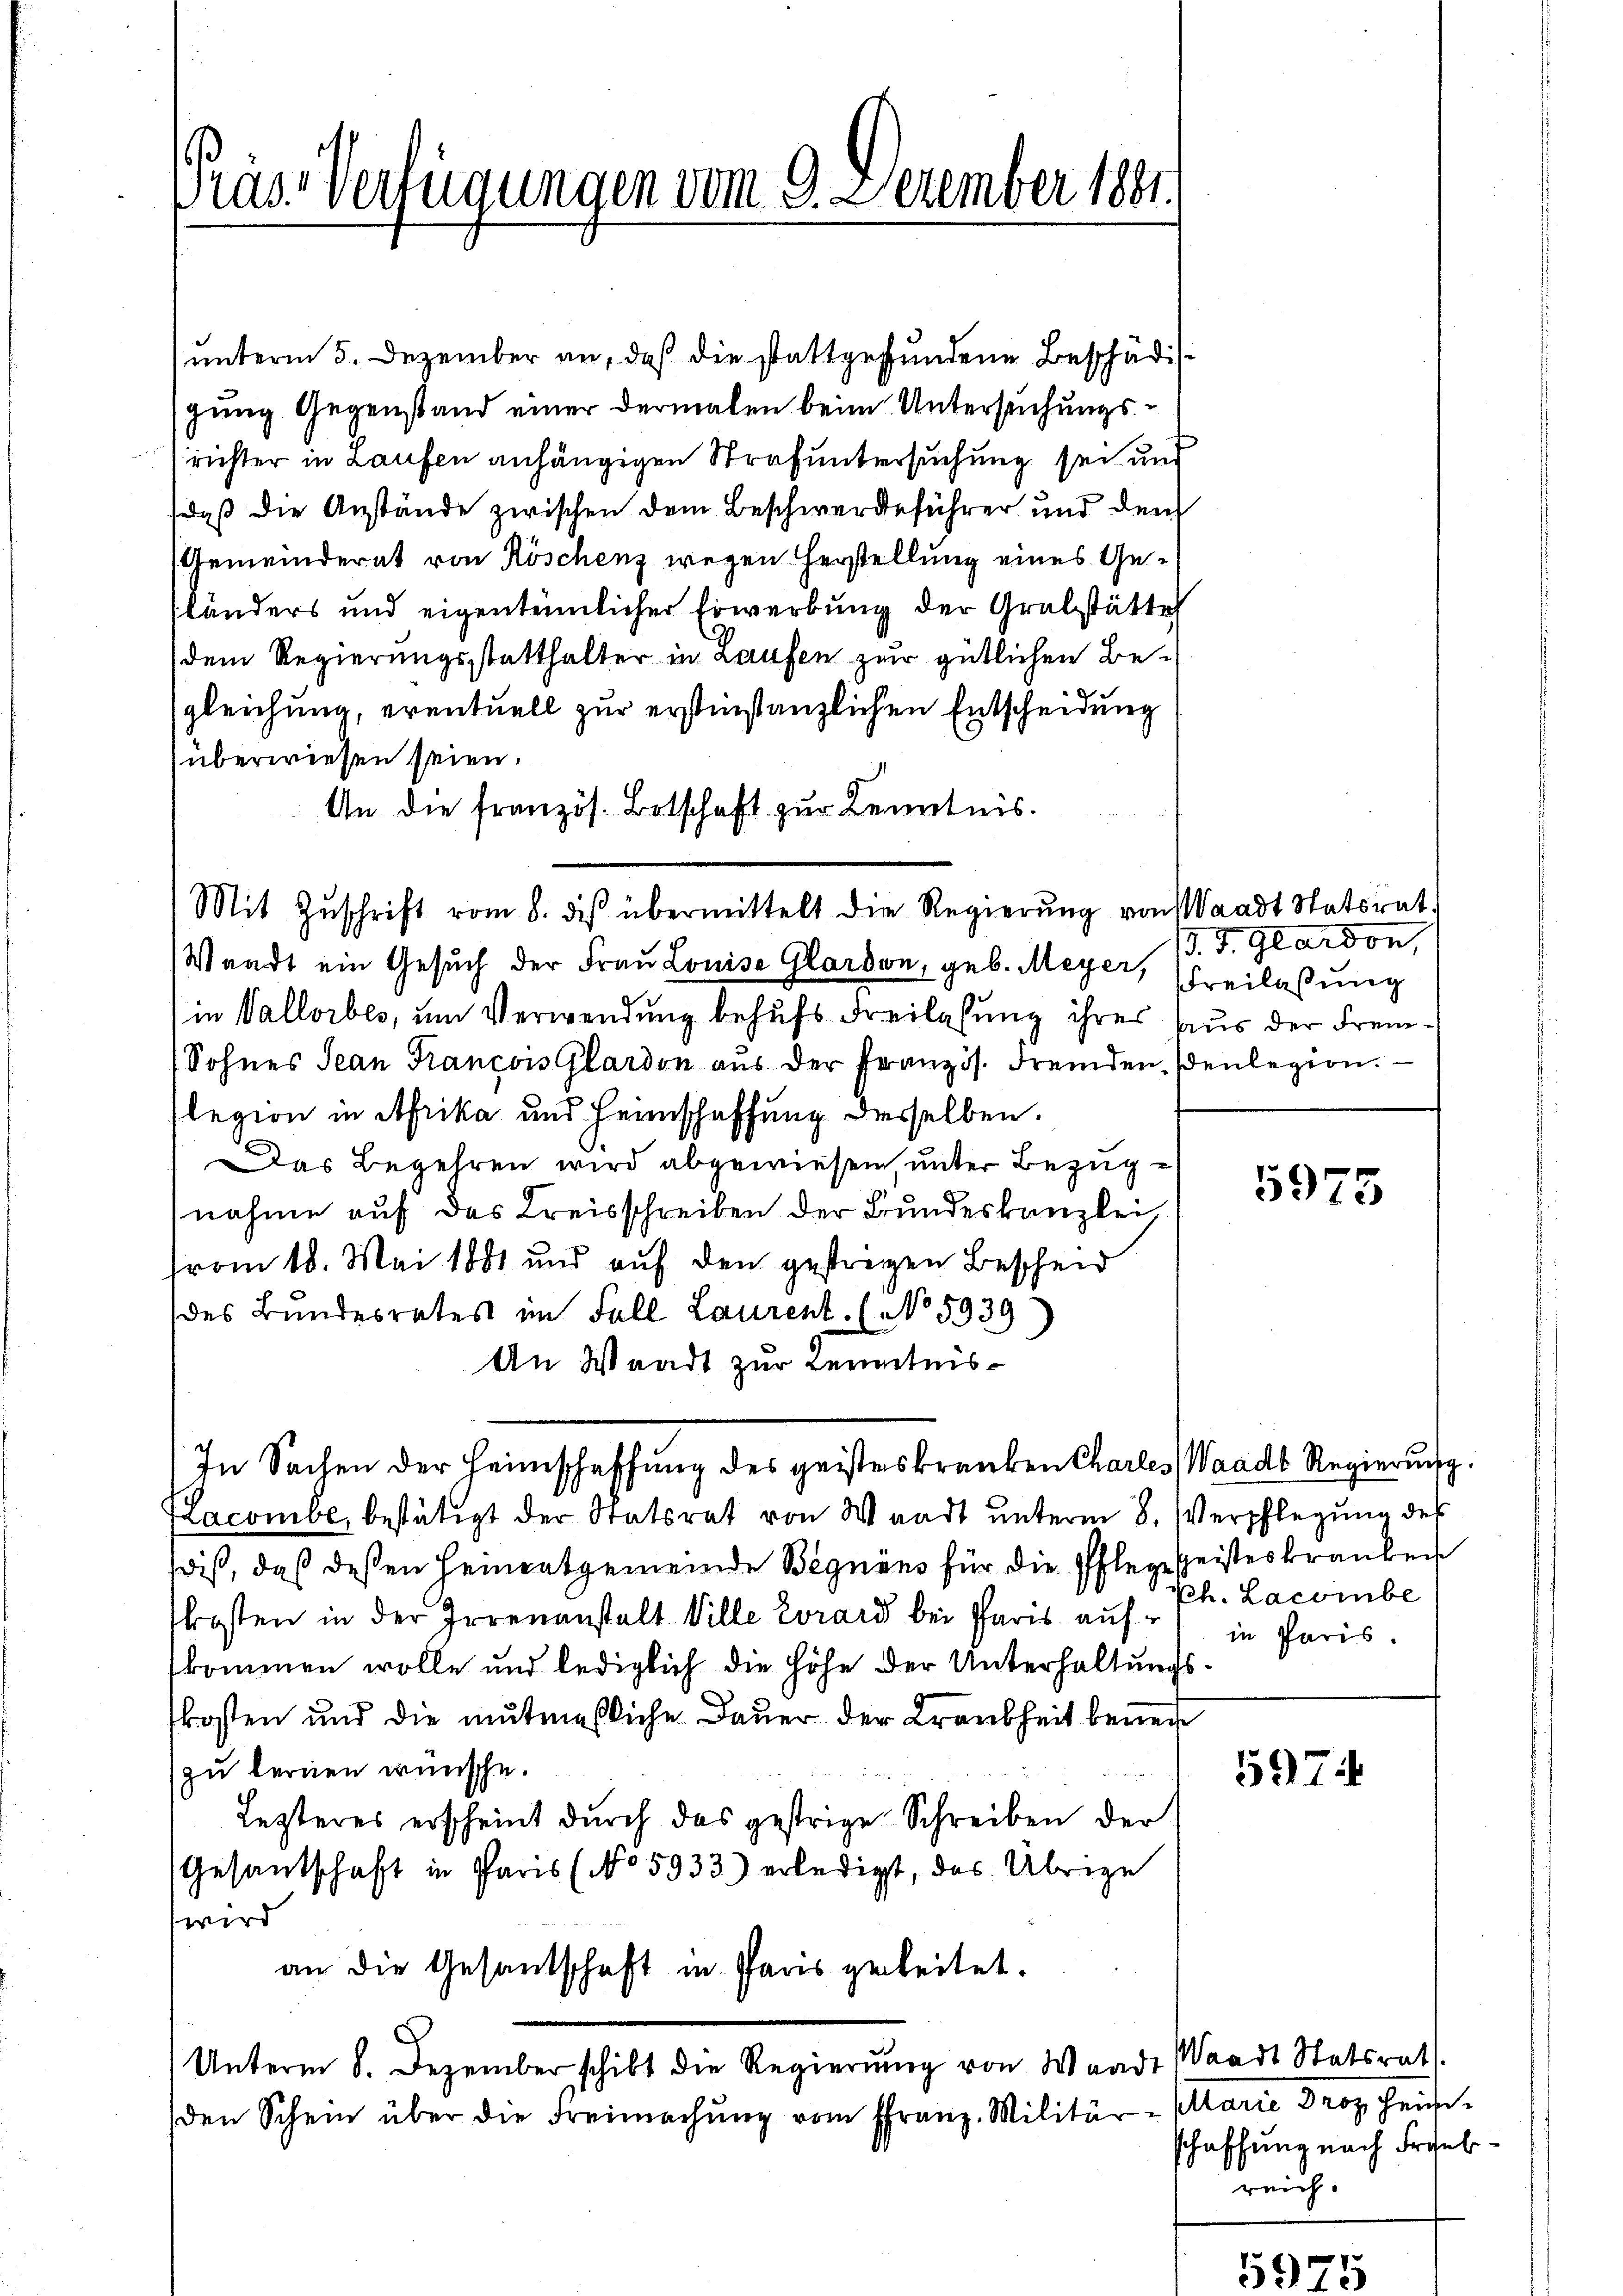
äs-Verfügungen vom 9. Dezember 1881.

(unterm 5. Dezember an, daß die stattgefundene Beschädigung Gegenstand einer dermalen beim Untersuchungsrichter in Laufen anhängigen Strafuntersuchung sei und
daß die Anstände zwischen dem Beschwerdeführer und dem
Gemeinderat von Köschenz wegen Herstellung eines Gesländers und eigentümlicher Erwerbung der Grabstätte
dem Regierungsstatthalter in Laufen zur gütlichen Begleichung, eventuell zur erstinstanzlichen Entscheidung
überwiesen seien.
An die französ. Botschaft zur Kenntnis.
Waadt ein Gesŭch der Frau Louise Glardon, geb. Meyer, Freilassung
in Vallorbes, um Verwendung behufs Freilassung ihres Aus der Frem¬
Sohnes Jean Francois Glardon aus der Französ. Fremden, senlegion.
slegion in Afrika und Heimschaffung derselben.
Das Begehren wird abgewiesen, unter Bezuge
nahme auf das Kreisschreiben der Bundeskanzlei,
trom 18. Mai 1881 und auf den gestrigen Bescheid
des Bundesrates im Fall Laurent. (No 5939
An Waadt zur Kenntnis¬
In Sachen der Heimschaffung des geisteskranken Charles Waadt Regierung.
Lacombe, bestätigt der Statsrat von Waadt unterm 8. Verpflegung des
wiß, daß deßen Heimatgemeinde Begnaus für die Pflege Geisteskranken
kosten in der Irrenanstalt Ville Evrard bei Paris aufkommen wolle und lediglich die Höhe der Unterhaltungskosten und die mutmassliche Dauer der Krankheit beweg
zu lernen wünsche.
Lezteres erscheint durch das gestrige Schreiben der
Gesandtschaft in Paris (No 5933) erledigt, das Übrige
wird
an die Gesandschaft in Paris geleitet.
Unterm 8. Dezember schikt die Regierŭng von Waadt Waadt Statsrat
den Schein über die Freimachŭng vom franz-Militär- Marie Droz heis¬

Mit Zŭschrift vom 8. des übermittelt die Regierŭng von Waadt Statsrat

13. J. Glardon,

schaffung nach Frohsebreich.

5975

ph. Lacombe
in Paris.

5974